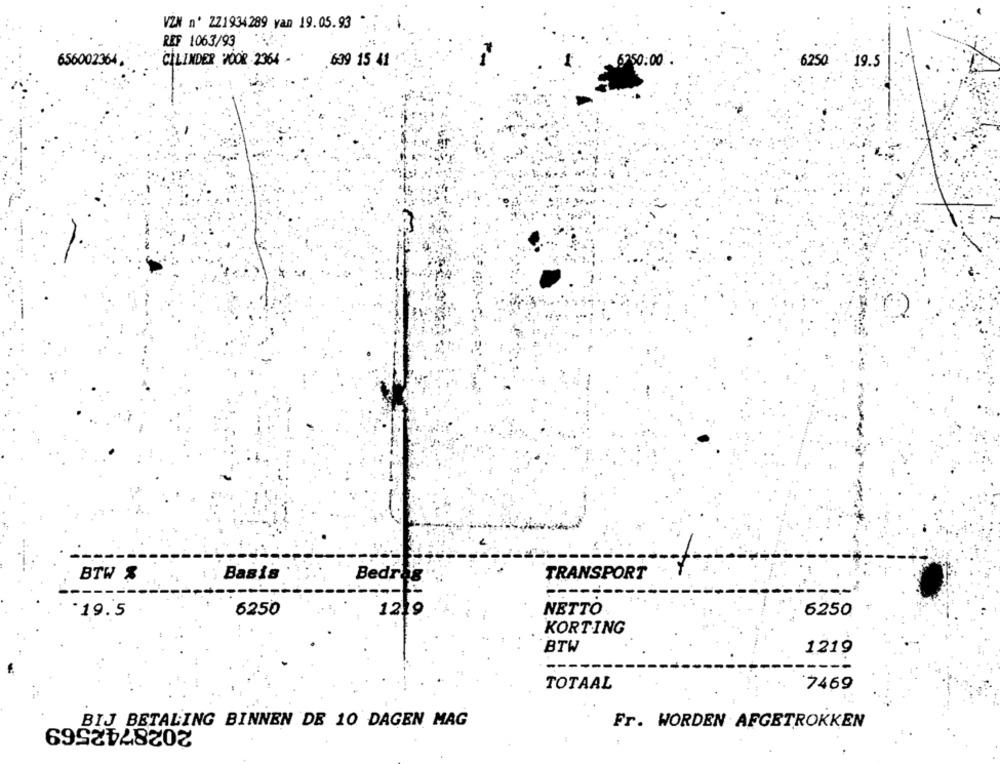
VZN n' ZZ1934289 van 19.05.93
REF 1063/93
CILINDER VOOR 2364 -
656002364.
639 15 41
6750:00 :
6250 19.5
BTW &
Basis
Bedr
TRANSPORT
----
6250
12.
NETTO
6250
*19.5
KORTING
BTW
1219
TOTAAL
7469
BIJ BETALING BINNEN DE 10 DAGEN MAG
2028742569
Fr. WORDEN AFGETROKKEN